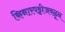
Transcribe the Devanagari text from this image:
किनारपट्टीजवळून